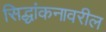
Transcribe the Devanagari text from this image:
सिद्धांकनावरील